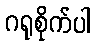
ဂရုစိုက်ပါ